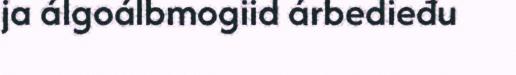
ja álgoálbmogiid árbedieđu